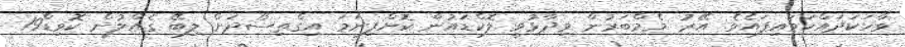
ވާހަކަދައްކަވައިފައެވެ. އޭރު މެމްބަރުން ވިދާޅުވީ ލޮކްޑައުން ކޮށްފިނަމަ އިގްތިސޯދަށް ލިބޭ ގެއްލުން ކޮވިޑް19